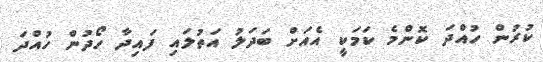
ކުރުން ހުއްދަ ކޮންމެ ކަމަކީ އެއަށް ބަދަލު އަތުލައި ފައިދާ ހޯދުން ހުއްދަ